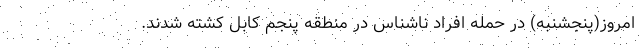
امروز(پنجشنبه) در حمله افراد ناشناس در منطقه پنجم کابل کشته شدند.